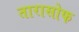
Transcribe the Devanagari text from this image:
तारासोफ